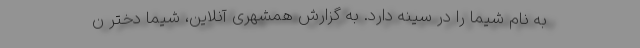
به نام شیما را در سینه دارد. به‌ گزارش همشهری آنلاین، شیما دختر ن